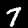
Digit: 7